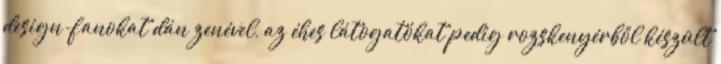
design-fanokat dán zenével, az éhes látogatókat pedig rozskenyérből készült